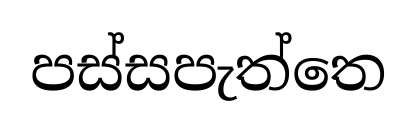
පස්සපැත්තෙ